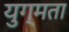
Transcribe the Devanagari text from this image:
युग्मता